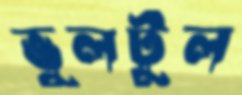
ভুলটুল